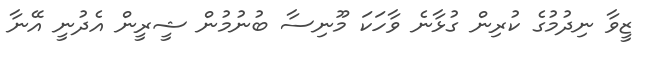
ޒީވާ ނިދުމުގެ ކުރިން ގުޅާނެ ވާހަކަ މޫނިސާ ބުނުމުން ޝީރީން އެދުނީ އޭނާ